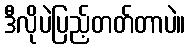
ဒီလိုပဲပြည့်တတ်တာပဲ။